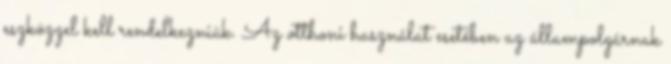
eszközzel kell rendelkezniük. Az otthoni használat esetében az állampolgárnak